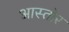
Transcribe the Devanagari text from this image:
आस्तोर